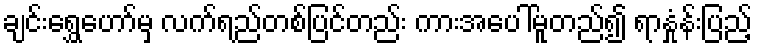
ချင်းရွှေဟော်မှ လက်ရည်တစ်ပြင်တည်း ကားအပေါ်မူတည်၍ ရာနှုံန်းပြည့်